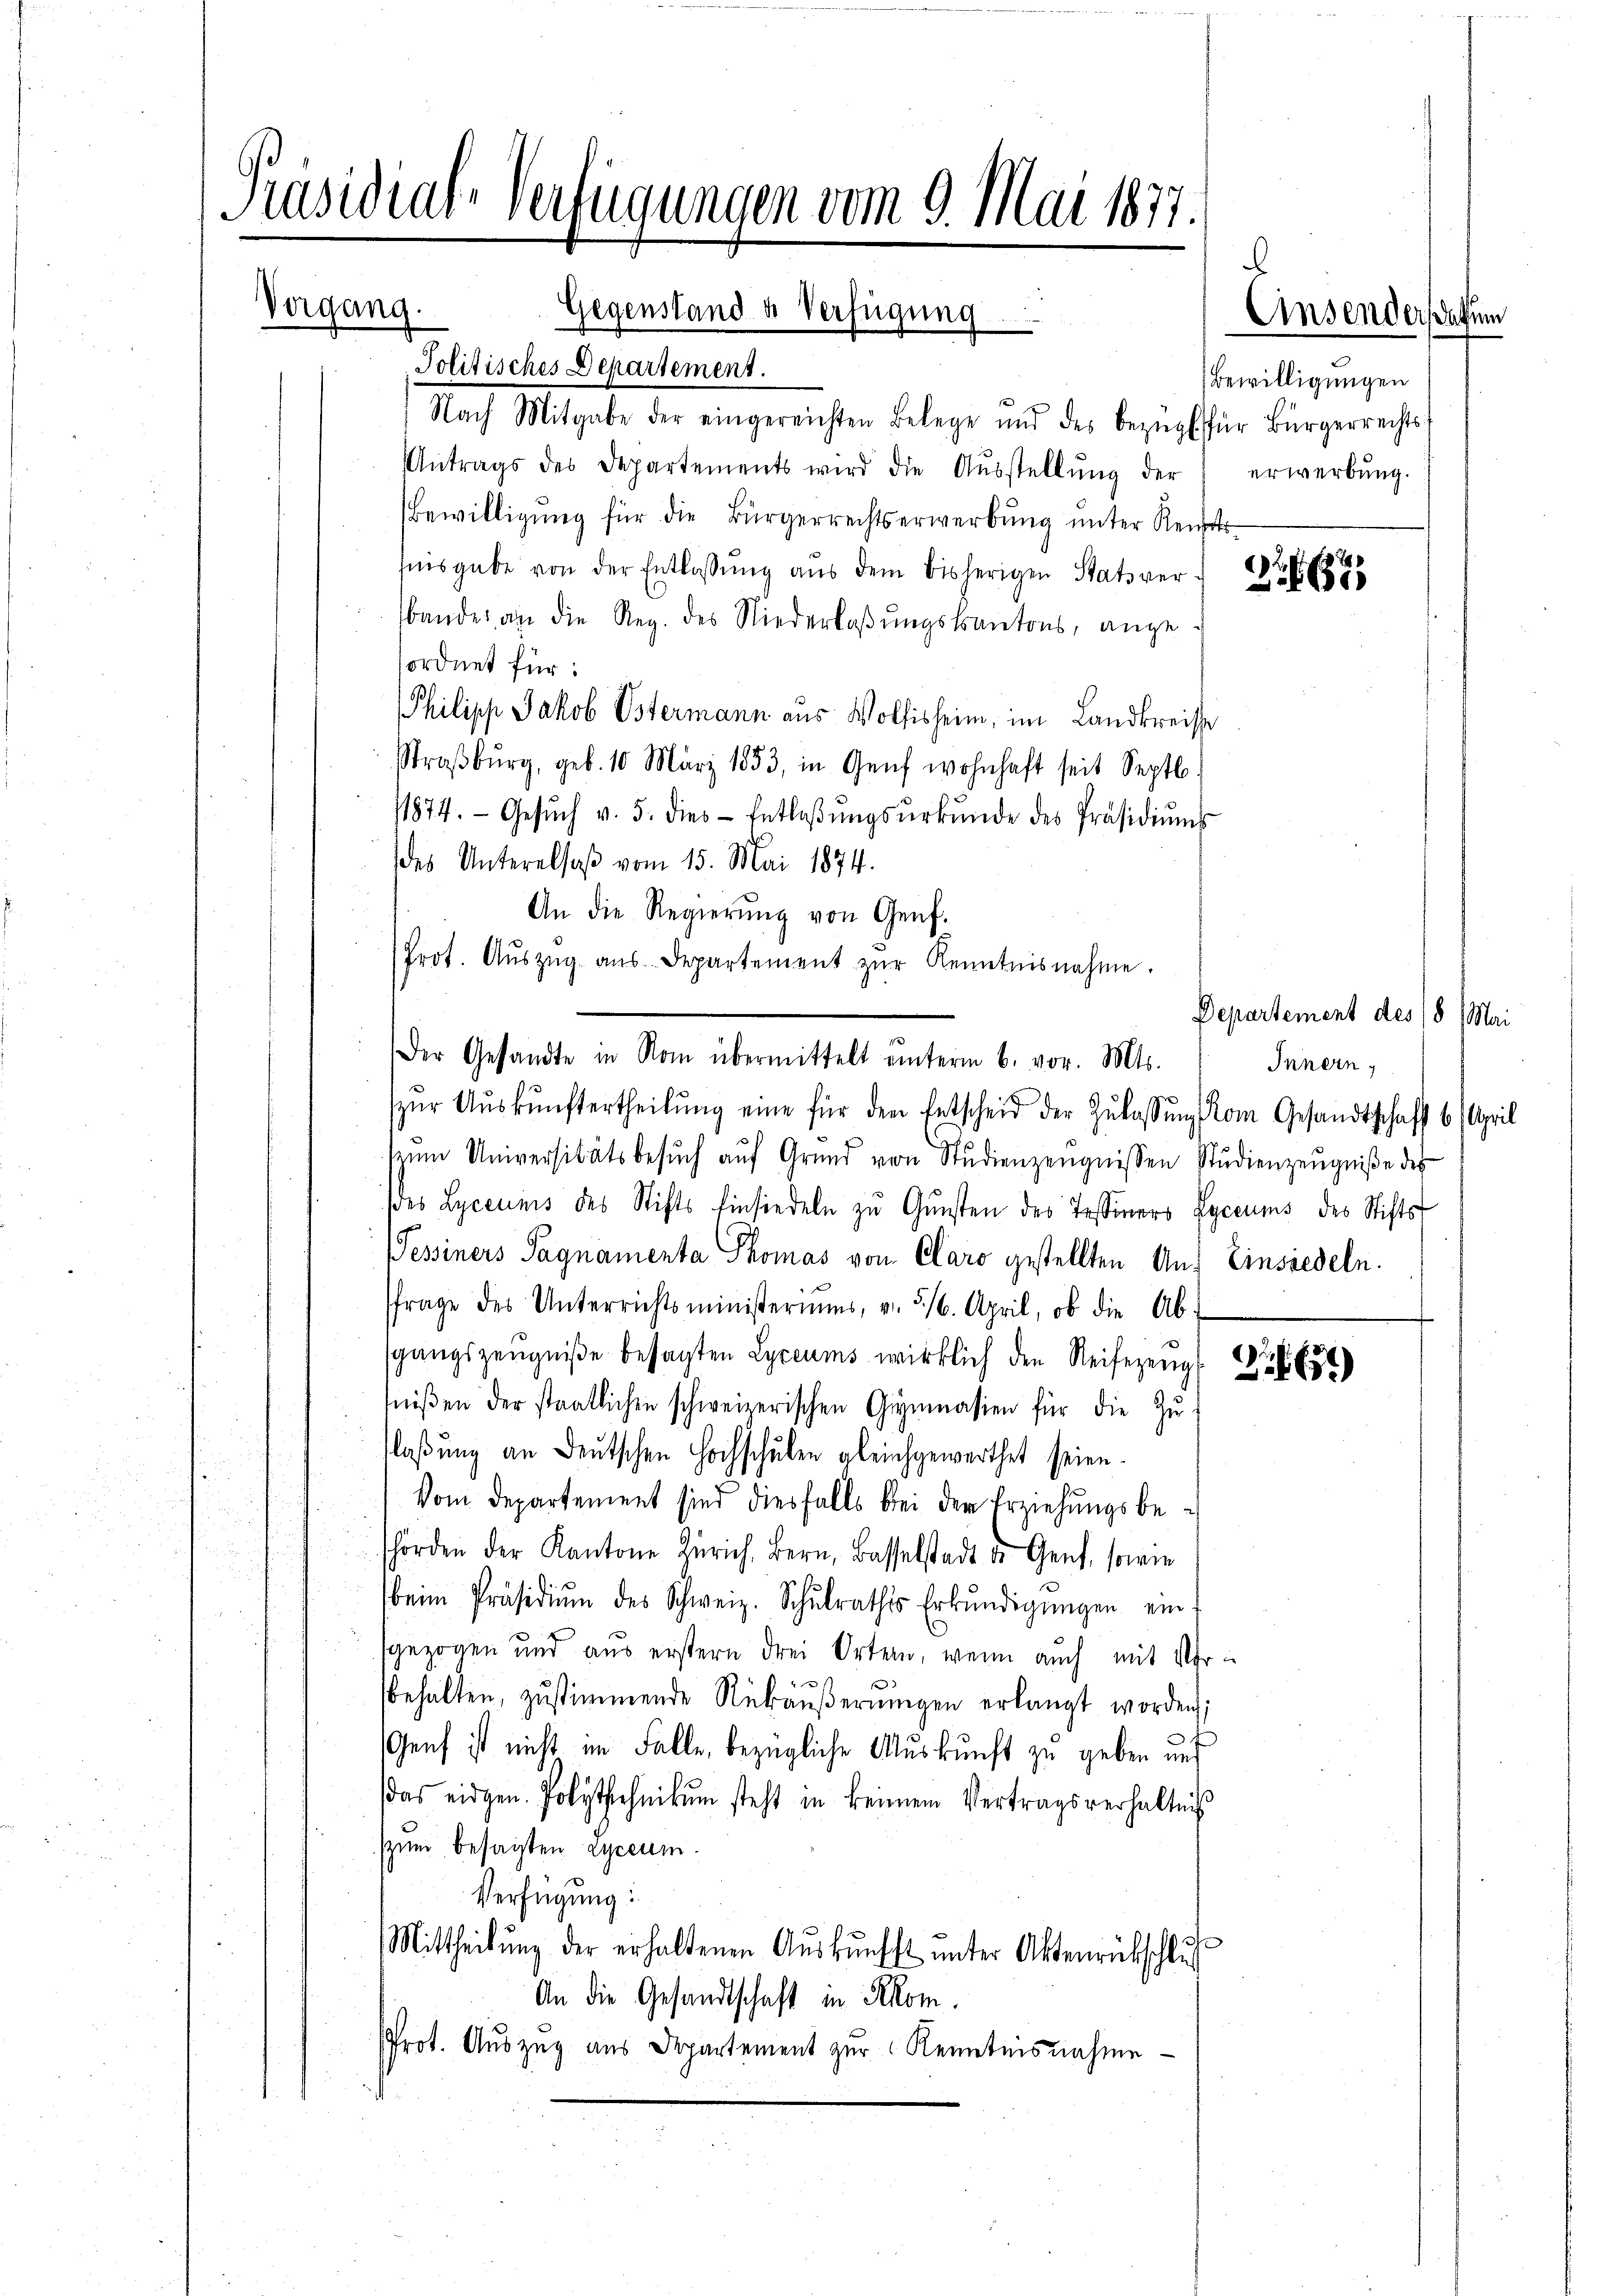
Präsidial-Verfügungen vom 9. Mai 1877.
Vergang.
Gegenstand a. Verfügung

Politisches Departement.
Nach Mitgabe der eingereichten Belege und des Bezŭg für Bürgerrechts
Antrags des Departements wird die Aŭsstellŭng der
Bewilligung für die Bürgerrechtserwerbung unter Reichtsausgabe von der Entlassung aus dem bisherigen Stats ver
bandes an die Reg. des Niederlaβŭngskantons, angeordnet für:
Philipp Jakob Ostermann aus Wolfisheim, im Landkreisse
Straßburg, geb. 10 März 1853, in Genf wohnhaft seit Septb
11874. Gesŭch v. 5. dies Entlaβŭngsŭrkŭnde des Präsidiŭms
des Unterelsaß vom 15. Mai 1874.
zŭr Aŭskŭnftertheilŭng eine für den Entscheid der Zŭlassŭng kom Gesandtschaft 6. April
szŭm Universitätsbesŭch aŭf Grund von Studienzeŭgnissen Studienzeŭgniße des
des Lyceuns des Stifts Einsiedeln zŭ Gŭnsten des Tessiners Lyceums des Stifts
Pessiners Pagnamenta Thomas von Claro gestellten Anfrage des Unterrichtsministeriums, v. 316. April, ob die Ab-
sgangszeugniße besagten Lyceums wirklich den Reifezeng
tniβen der staatlichen schweizerischen Gymnasien für die Zu-
flaßung an Deutschen Hochschulen gleichgewerthet seien.
Vom Departement sind diesfalls bei der Erziehungsbehörden der Kantone Zürich, Bern, Basselstadt de Genf, sowie
beim Präsidiŭm des Schweiz. Schŭlrathes Erkŭndigŭngen ein
sgezogen und aus erstern drei Orten, wenn auch mit Ur
behalten, zustimmende Rükäußerungen erlangt worden;
Genf ist nicht im Falle, bezügliche Auskunft zu geben und
das eidgen. Polytechnikum steht in keinem Vertragsverhältniß
szum besagten Lyceum.
Verfügung:
Mittheilŭng der erhaltenen Aŭskŭnfft unter Aktenrückschlus
An die Gesandtschaft in Rekom
Prot. Auszug aus Departement zur Kenntnisnahme

An die Regierŭng von Genf.
Prot. Aŭszŭg aŭs Departement zŭr Kenntnisnahme.
Der Gesandte in Nom übermittelt einterm 6. vor. Mts.

Bewilligungen
erwerbung.

. 687

Departement des 18. Mai
Innern
Einsiedeln.

.65)

.
Einsenders datum